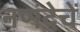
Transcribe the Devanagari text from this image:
नणंदेचें